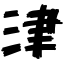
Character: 津